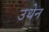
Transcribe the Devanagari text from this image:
उथेन